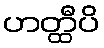
ဟတ္ထီပိ